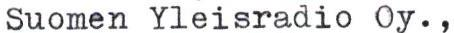
Suomen Yleisradio Oy.,